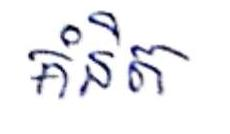
គិនិត